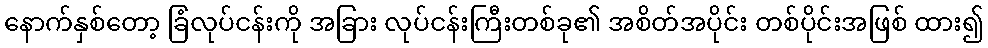
နောက်နှစ်တော့ ခြံလုပ်ငန်းကို အခြား လုပ်ငန်းကြီးတစ်ခု၏ အစိတ်အပိုင်း တစ်ပိုင်းအဖြစ် ထား၍